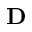
\textbf { D }